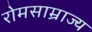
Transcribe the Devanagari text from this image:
रोमसाम्राज्य